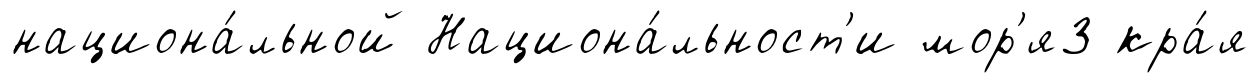
национа́льной Национа́льност'и мор'я3 кра́я